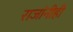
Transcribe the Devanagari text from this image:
राजांनीही